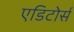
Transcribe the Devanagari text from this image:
एडिटोर्स